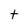
Character: t